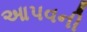
આપવની